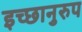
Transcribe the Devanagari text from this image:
इच्छानुरुप